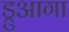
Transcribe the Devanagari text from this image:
ड्रुआगा